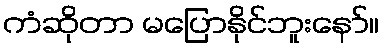
ကံဆိုတာ မပြောနိုင်ဘူးနော်။